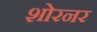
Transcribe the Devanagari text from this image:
शोरनर